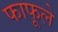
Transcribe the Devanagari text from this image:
फाफूले